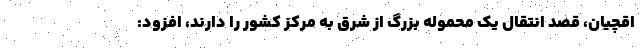
اقچیان، قصد انتقال یک محموله بزرگ از شرق به مرکز کشور را دارند، افزود: